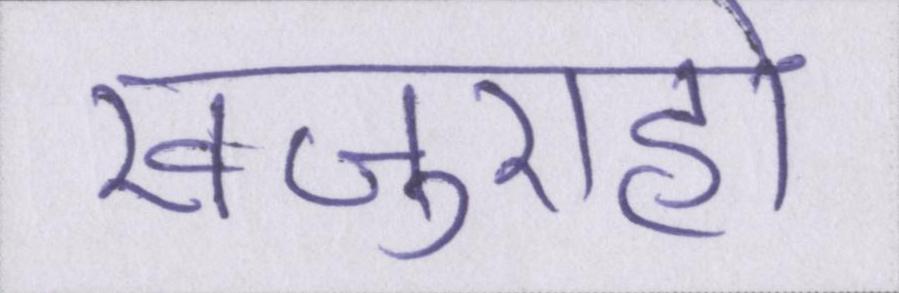
खजुराहो